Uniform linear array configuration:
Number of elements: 4
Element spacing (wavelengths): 0.25
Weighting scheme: uniform
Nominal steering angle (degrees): -45
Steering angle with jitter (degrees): -45.916
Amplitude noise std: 0.05
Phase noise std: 0.05

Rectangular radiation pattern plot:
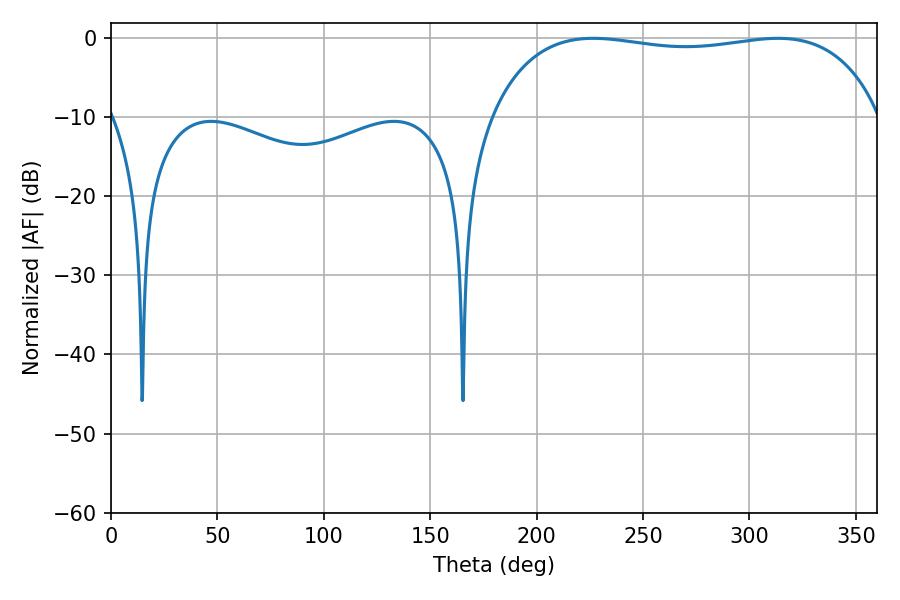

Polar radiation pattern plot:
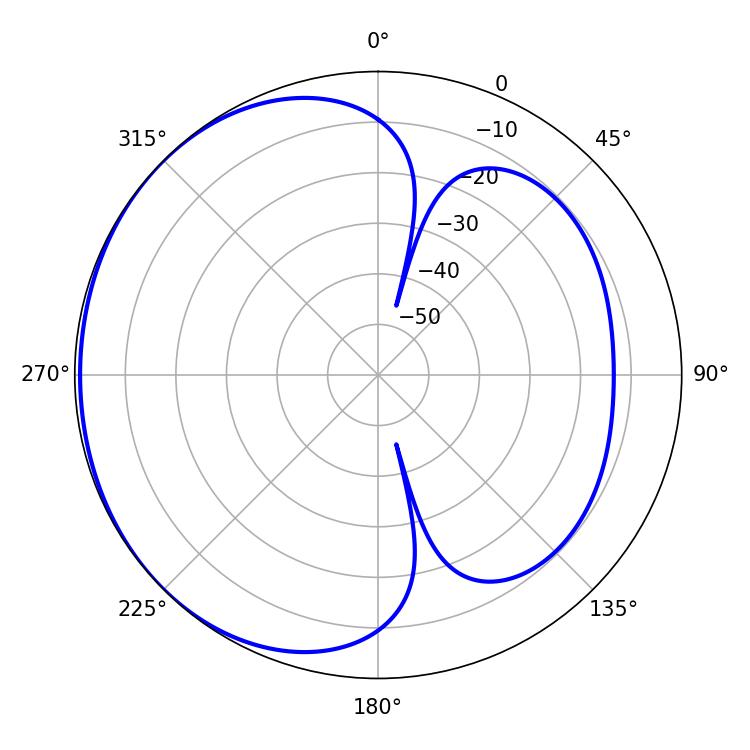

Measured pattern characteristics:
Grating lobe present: FALSE
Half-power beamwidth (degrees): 147.6
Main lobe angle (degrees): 226.62